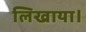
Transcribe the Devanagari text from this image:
लिखाया।